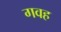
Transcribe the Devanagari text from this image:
गवह